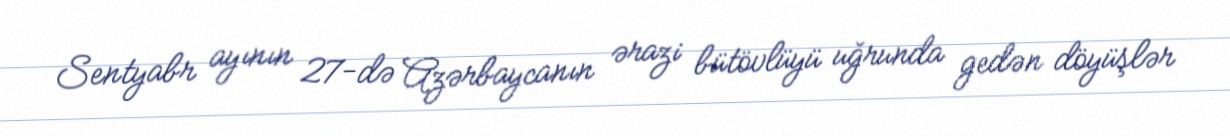
Sentyabr ayının 27-də Azərbaycanın ərazi bütövlüyü uğrunda gedən döyüşlər